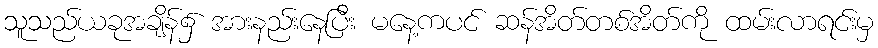
သူသည်ယခုအချိန်၌ အားနည်းနေပြီး မနေ့ကပင် ဆန်အိတ်တစ်အိတ်ကို ထမ်းလာရင်းမှ